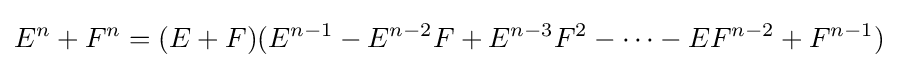
E^{n}+F^{n}=(E+F)(E^{n-1}-E^{n-2}F+E^{n-3}F^{2}-\cdots -EF^{n-2}+F^{n-1})